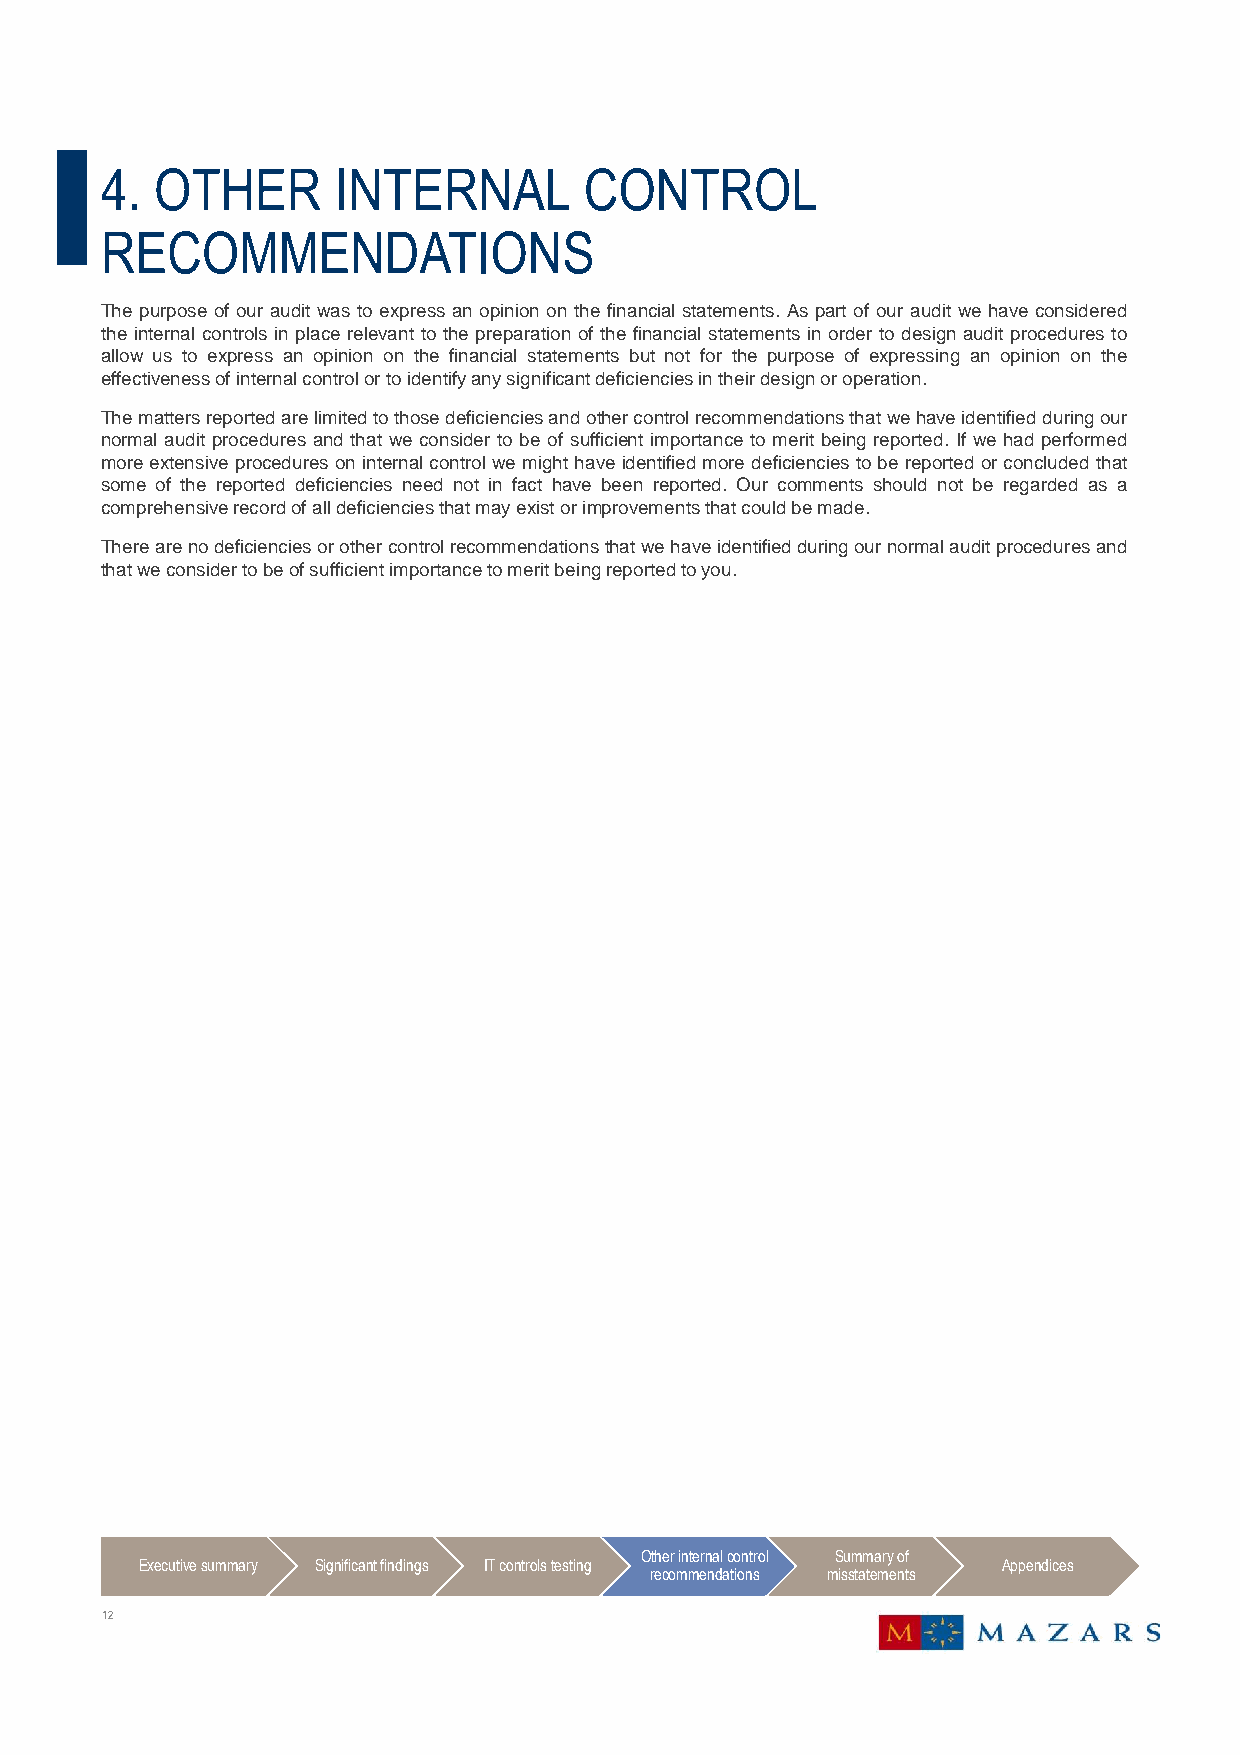
4. OTHER       INTERNAL         CONTROL
 RECOMMENDATIONS
 The purpose of our audit was to express an opinion on the financial statements. As part of our audit we have considered
 the internal controls in place relevant to the preparation of the financial statements in order to design audit procedures to
 allow us to express an opinion on the financial statements but not for the purpose of expressing an opinion on the
 effectivenessofinternalcontrolortoidentifyanysignificantdeficienciesintheirdesignoroperation.
 Themattersreportedarelimitedtothosedeficienciesandothercontrolrecommendationsthatwehaveidentifiedduringour
 normal audit procedures and that we consider to be of sufficient importance to merit being reported. If we had performed
 moreextensive procedures oninternalcontrol we mighthave identifiedmore deficienciesto be reported orconcluded that
 some of the reported deficiencies need not in fact have been reported. Our comments should not be regarded as a
 comprehensiverecordofalldeficienciesthatmayexistorimprovementsthatcouldbemade.
 Therearenodeficienciesorothercontrolrecommendationsthatwehaveidentifiedduringournormalauditproceduresand
 thatweconsidertobeofsufficientimportancetomeritbeingreportedtoyou.
 Other internal control Summary of
 Executive summary Significant findings IT controls testing Appendices
 recommendations misstatements
 12